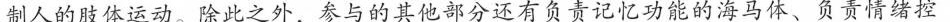
制人的肢体运动。除此之外，参与的其他部分还有负责记忆功能的海马体、负责情绪控